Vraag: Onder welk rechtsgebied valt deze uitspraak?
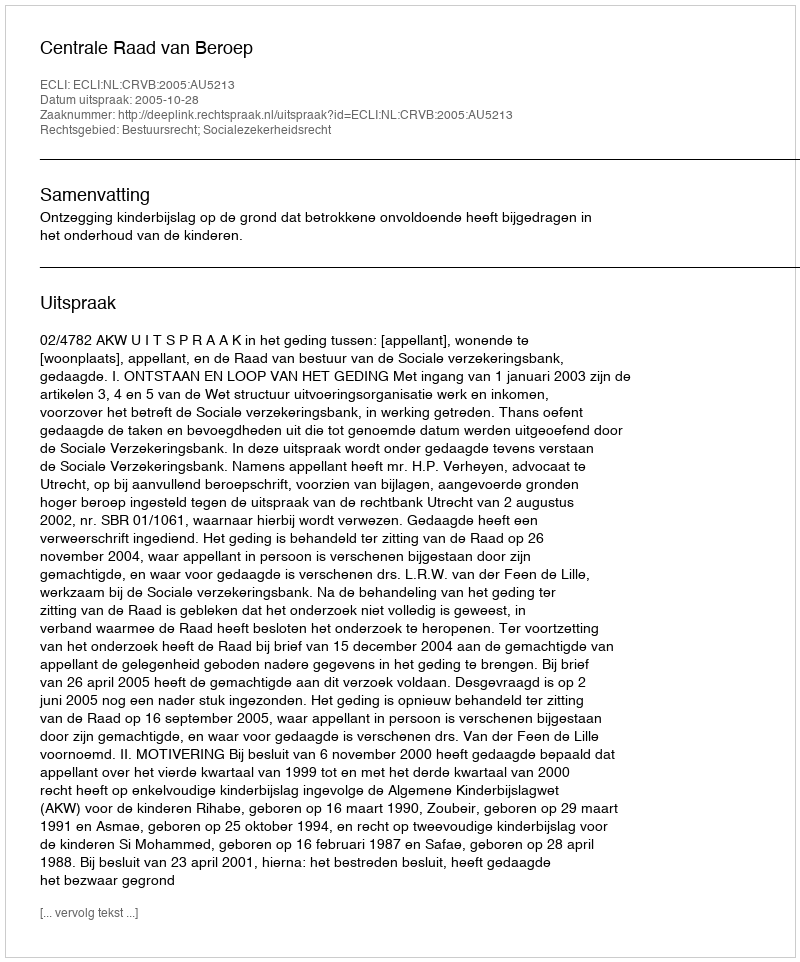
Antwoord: Bestuursrecht; Socialezekerheidsrecht